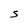
Character: S